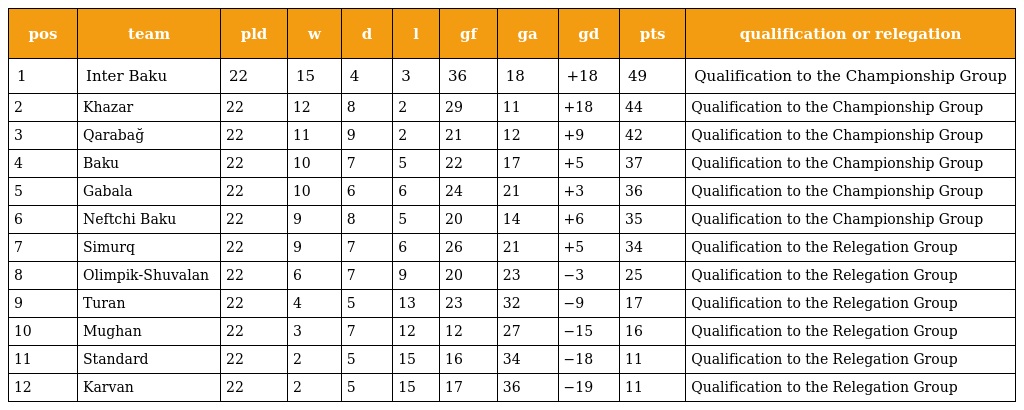
| pos | team | pld | w | d | l | gf | ga | gd | pts | qualification or relegation |
 | --- | --- | --- | --- | --- | --- | --- | --- | --- | --- | --- |
 | 1 | Inter Baku | 22 | 15 | 4 | 3 | 36 | 18 | +18 | 49 | Qualification to the Championship Group |
 | 2 | Khazar | 22 | 12 | 8 | 2 | 29 | 11 | +18 | 44 | Qualification to the Championship Group |
 | 3 | Qarabağ | 22 | 11 | 9 | 2 | 21 | 12 | +9 | 42 | Qualification to the Championship Group |
 | 4 | Baku | 22 | 10 | 7 | 5 | 22 | 17 | +5 | 37 | Qualification to the Championship Group |
 | 5 | Gabala | 22 | 10 | 6 | 6 | 24 | 21 | +3 | 36 | Qualification to the Championship Group |
 | 6 | Neftchi Baku | 22 | 9 | 8 | 5 | 20 | 14 | +6 | 35 | Qualification to the Championship Group |
 | 7 | Simurq | 22 | 9 | 7 | 6 | 26 | 21 | +5 | 34 | Qualification to the Relegation Group |
 | 8 | Olimpik-Shuvalan | 22 | 6 | 7 | 9 | 20 | 23 | −3 | 25 | Qualification to the Relegation Group |
 | 9 | Turan | 22 | 4 | 5 | 13 | 23 | 32 | −9 | 17 | Qualification to the Relegation Group |
 | 10 | Mughan | 22 | 3 | 7 | 12 | 12 | 27 | −15 | 16 | Qualification to the Relegation Group |
 | 11 | Standard | 22 | 2 | 5 | 15 | 16 | 34 | −18 | 11 | Qualification to the Relegation Group |
 | 12 | Karvan | 22 | 2 | 5 | 15 | 17 | 36 | −19 | 11 | Qualification to the Relegation Group |